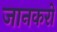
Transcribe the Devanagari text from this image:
जानकरों